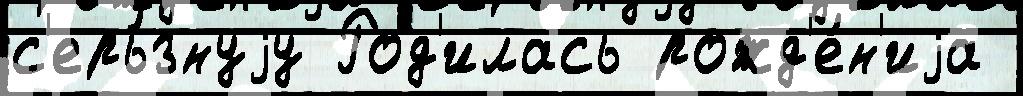
с'ерь́знуjу Род'илась рожд'е́н'иjа